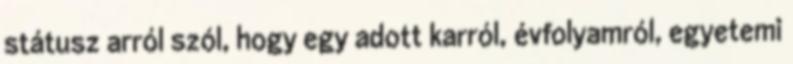
státusz arról szól, hogy egy adott karról, évfolyamról, egyetemi